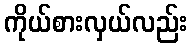
ကိုယ်စားလှယ်လည်း